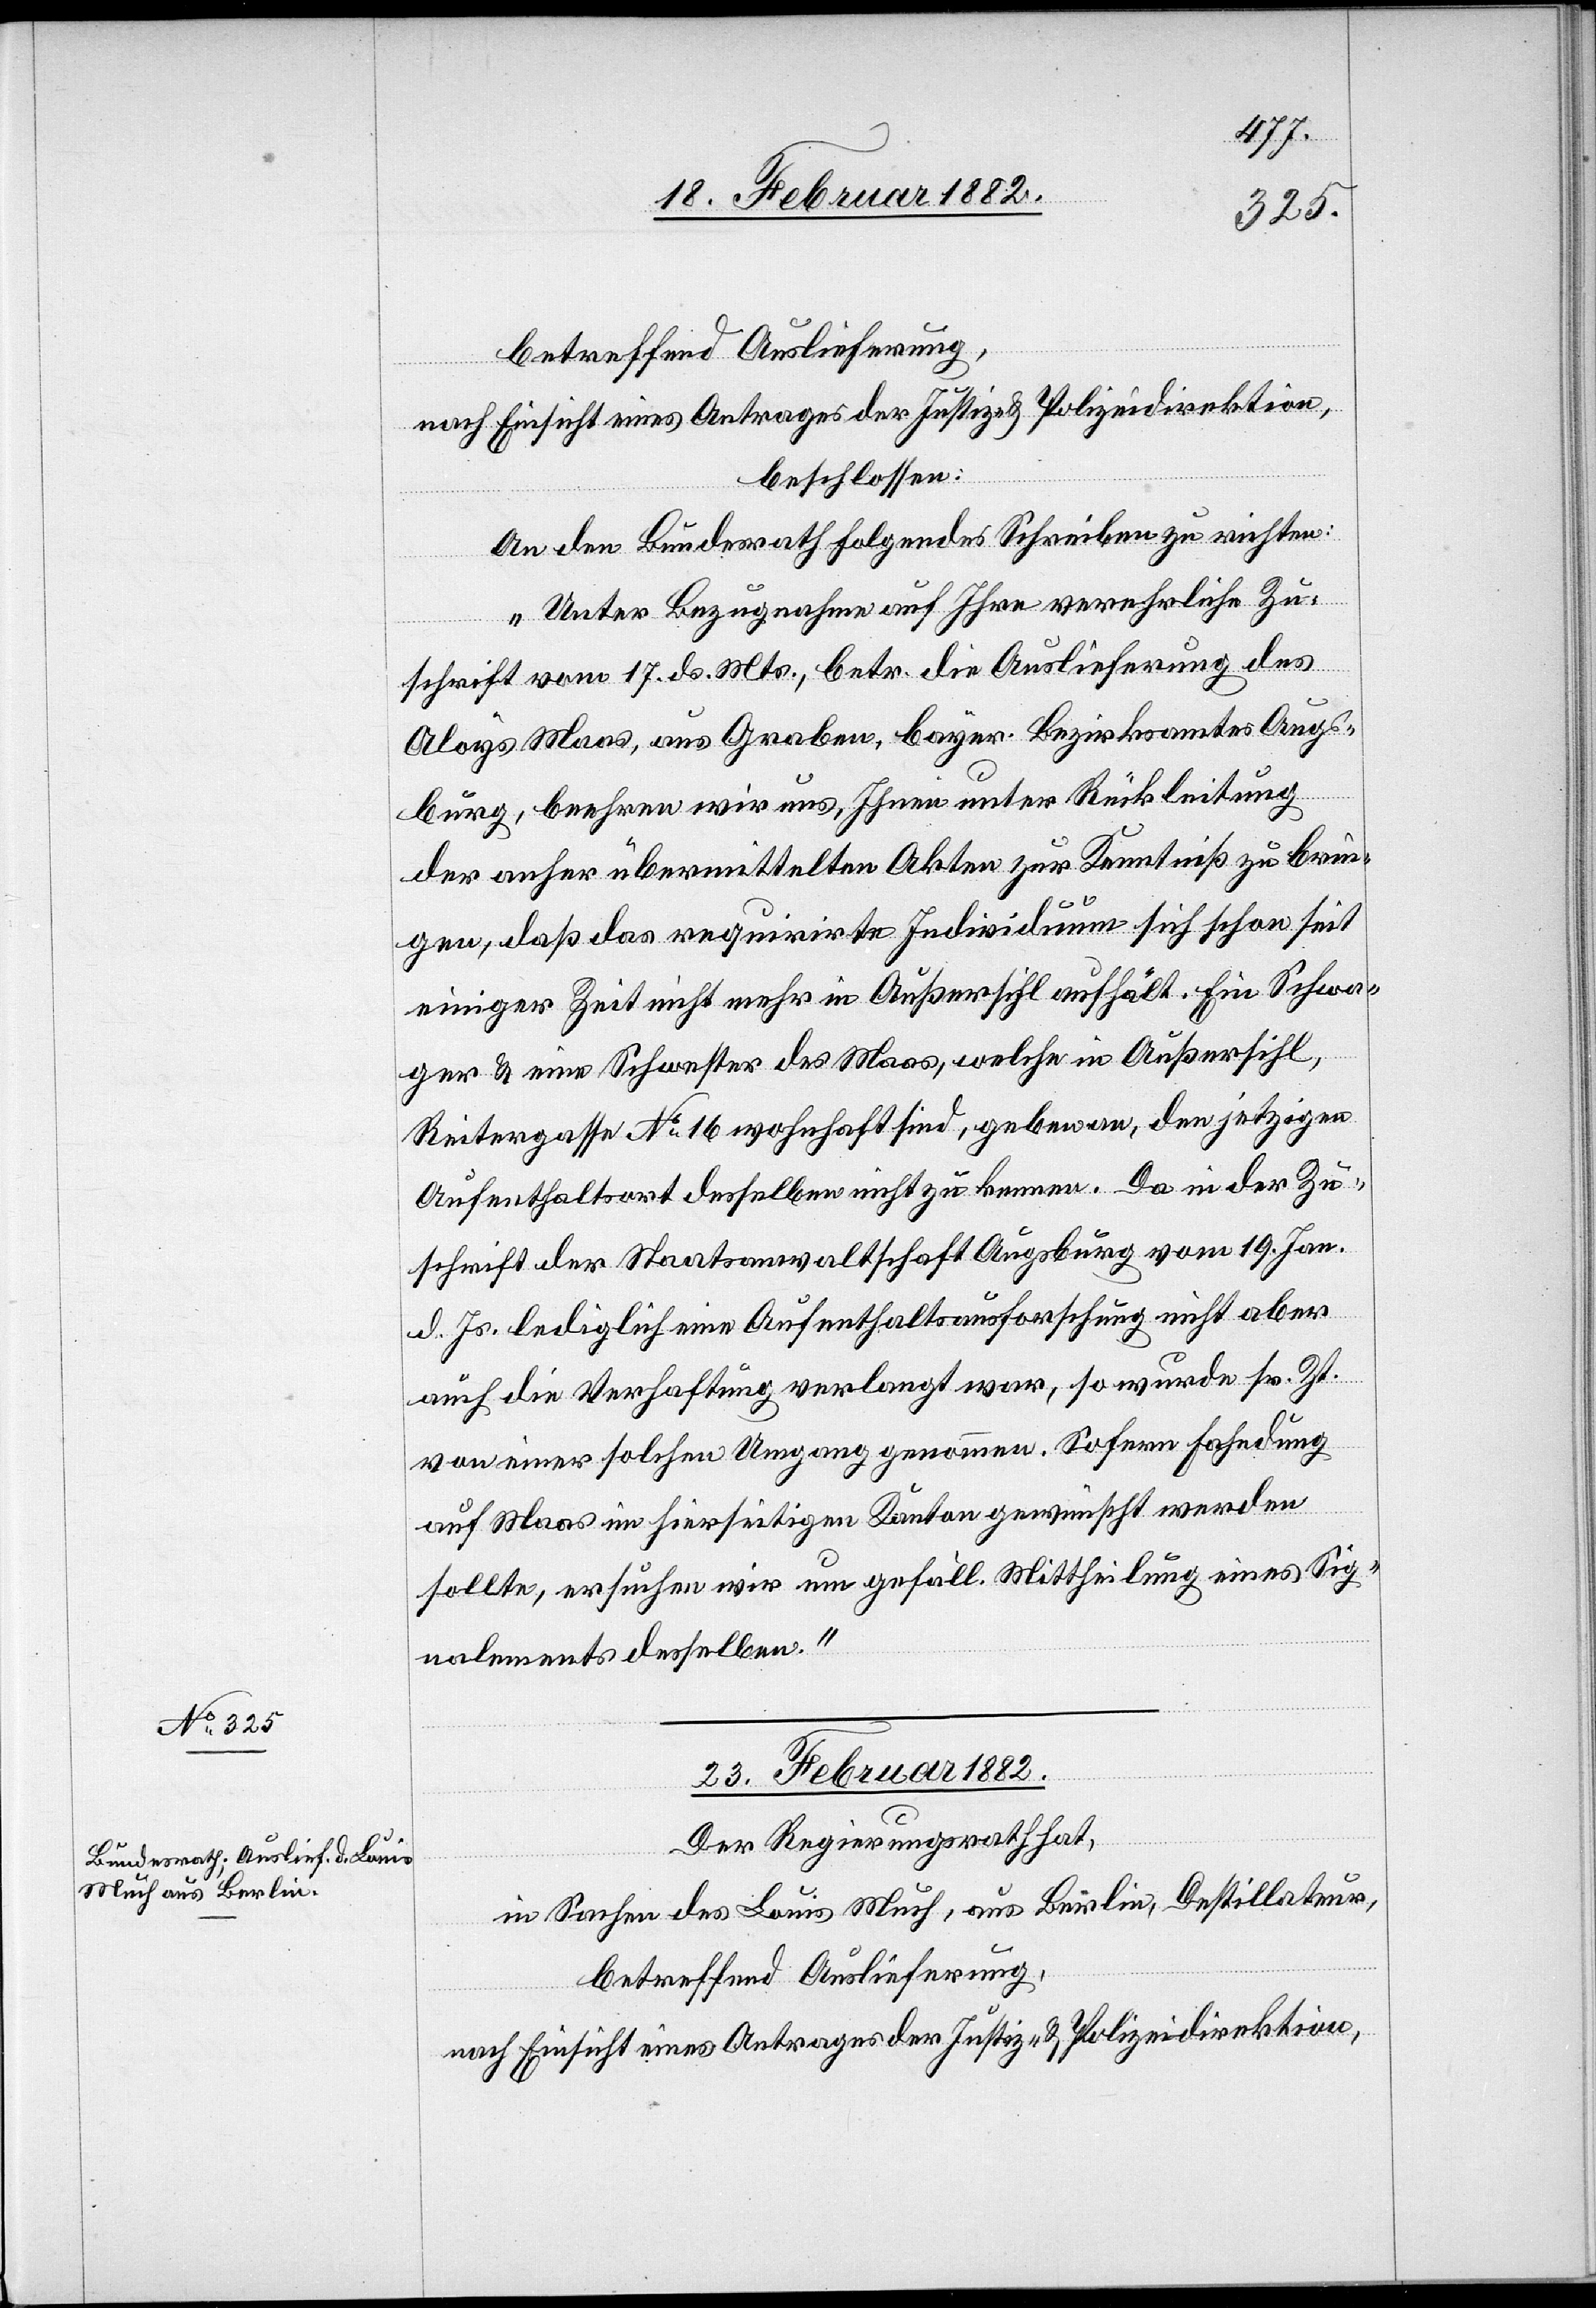
betreffend Auslieferung,
nach Einsicht eines Antrages der Justiz- & Polizeidirektion,
beschlossen:
An den Bundesrath folgendes Schreiben zu richten:
„Unter Bezugnahme auf Ihre verehrliche Zu¬
schrift vom 17. ds. Mts., betr. die Auslieferung des
Aloys Maas, aus Graben, bayer. Bezirksamtes Augs¬
burg, beehren wir uns, Ihnen unter Rückleitung
der anher übermittelten Akten zur Kenntniß zu brin¬
gen, daß das requirirte Individuum sich schon seit
einiger Zeit nicht mehr in Außersihl aufhält. Ein Schwa¬
ger & eine Schwester des Maas, welche in Außersihl,
Reitergasse No 16 wohnhaft sind, geben an, den jetzigen
Aufenthaltsort desselben nicht zu kennen. Da in der Zu¬
schrift der Staatsanwaltschaft Augsburg vom 19. Jan.
d. Js. lediglich eine Aufenthaltsforschung nicht aber
auch die Verhaftung verlangt war, so wurde sr. Zt.
von einer solchen Umgang genommen. Sofern Fahndung
auf Maas im hierseitigen Kanton gewünscht werden
sollte, ersuchen wir um gefäll. Mittheilung eines Sig¬
nalements desselben.“
23. Februar 1882.
Der Regierungsrath hat,
in Sachen des Louis Mech, aus Berlin, Destillateur,
betreffend Auslieferung,
nach Einsicht eines Antrages der Justiz- & Polizeidirektion,